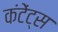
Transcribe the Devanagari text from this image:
कंटेंट्स